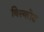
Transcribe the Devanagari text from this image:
विस्कोंट